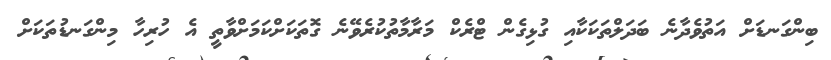
ބިންގަނޑަށް އަތުވެދާނެ ބަދަލްތަކަކާއި ގުޅިގެން ޓްރެކް މަރާމާތުކުރެވޭނެ ގޮތަކަށްކަމަށްވާތީ އެ ހުރިހާ މިންގަނޑުތަކަށް